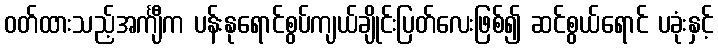
ဝတ်ထားသည့်အင်္ကျီက ပန်းနုရောင်စွပ်ကျယ်ချိုင်းပြတ်လေးဖြစ်၍ ဆင်စွယ်ရောင် ပခုံးနှင့်